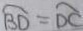
\widehat { B D } = \widehat { D C }